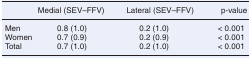
|  | Medial (SEV–FFV) | Lateral (SEV–FFV) | p-value |
 | --- | --- | --- | --- |
 | Men | 0.8 (1.0) | 0.2 (1.0) | < 0.001 |
 | Women | 0.7 (0.9) | 0.2 (0.9) | < 0.001 |
 | Total | 0.7 (1.0) | 0.2 (1.0) | < 0.001 |